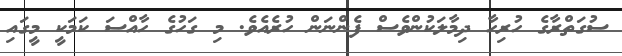
ސުގަތްރާގެ ހުރިހާ ދިމާލަކުންވެސް ފެންނަން ހުރެއެވެ. މި ގަހުގެ ހާއްސަ ކަމަކީ މީގައި